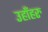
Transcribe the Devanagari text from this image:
उहाँहरु